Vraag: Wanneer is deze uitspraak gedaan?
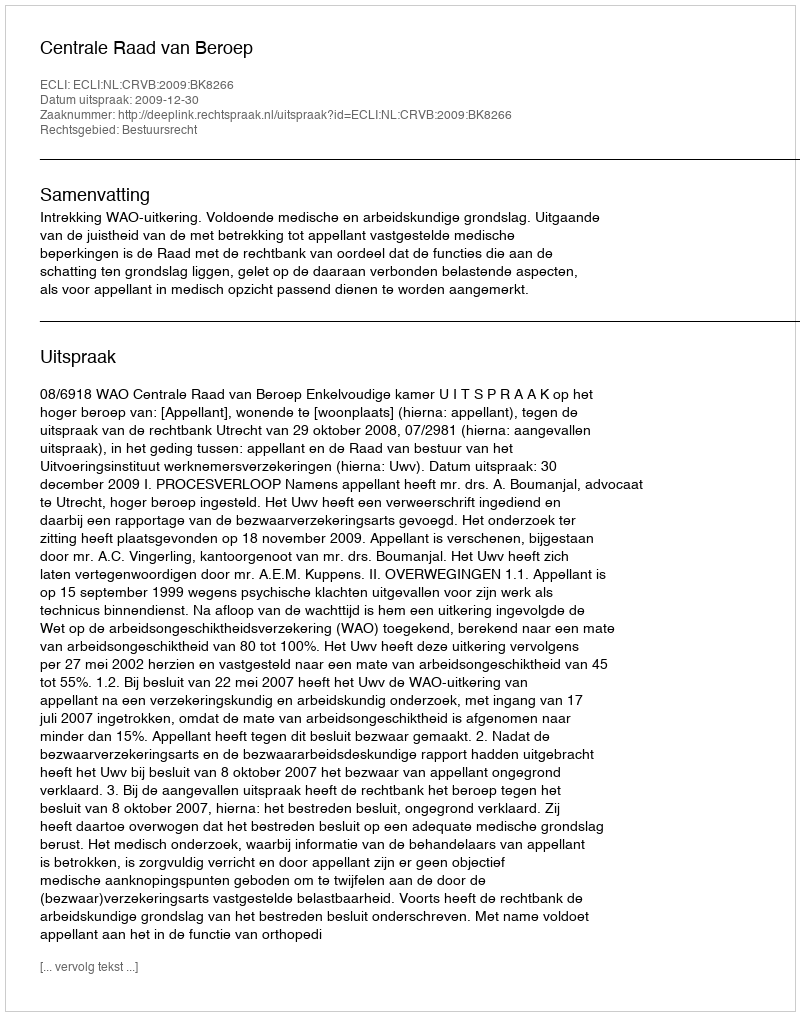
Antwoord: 2009-12-30